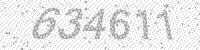
Solution: 634611